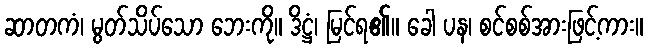
ဆာတကံ၊ မွတ်သိပ်သော ဘေးကို။ ဒိဋ္ဌံ၊ မြင်ရ၏။ ခေါ ပန၊ စင်စစ်အားဖြင့်ကား။